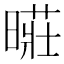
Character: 𱢢